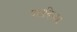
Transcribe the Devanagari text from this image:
पळविल्या